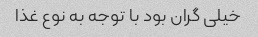
خیلی گران بود با توجه به نوع غذا